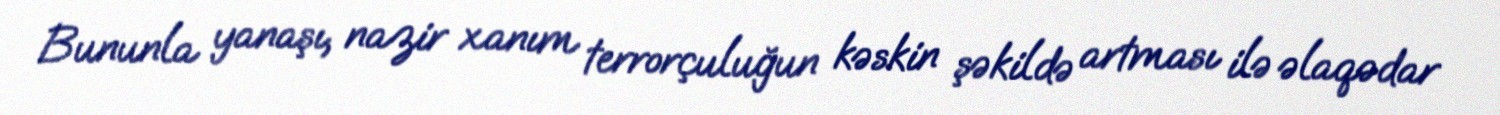
Bununla yanaşı, nazir xanım terrorçuluğun kəskin şəkildə artması ilə əlaqədar